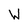
Character: W